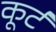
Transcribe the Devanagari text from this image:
कूर्ट